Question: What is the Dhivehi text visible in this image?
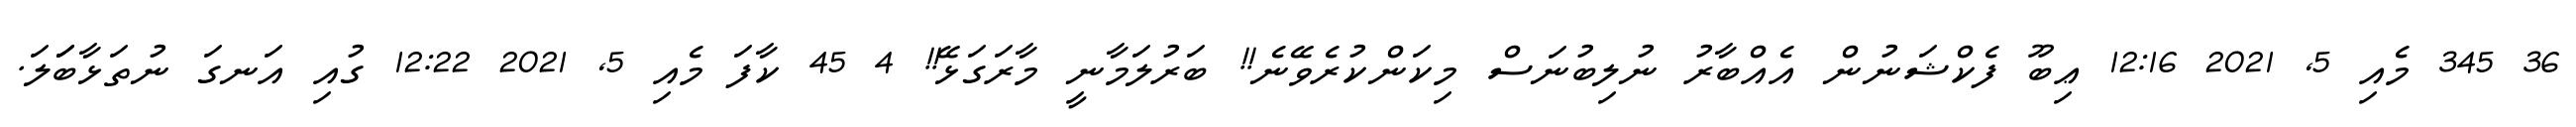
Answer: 36 345 މެއި 5, 2021 12:16 ޢިބޫ ފެކްޝަނުން އެއްބާރު ނުލިބުނަސް މިކަންކުރެވޭނެ!! ބަރުލަމާނީ މާރަގަޅޭ!! 4 45 ކާފަ މެއި 5, 2021 12:22 ގުއި އަނގަ ނުތަޅާބަަލަ.